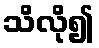
သိလို၍